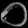
Digit: ၀